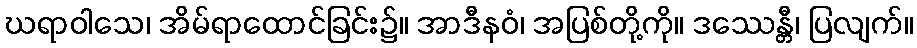
ဃရာဝါသေ၊ အိမ်ရာထောင်ခြင်း၌။ အာဒီနဝံ၊ အပြစ်တို့ကို။ ဒဿေန္တီ၊ ပြလျက်။